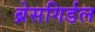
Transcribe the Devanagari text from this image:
ब्रेसगिर्डल